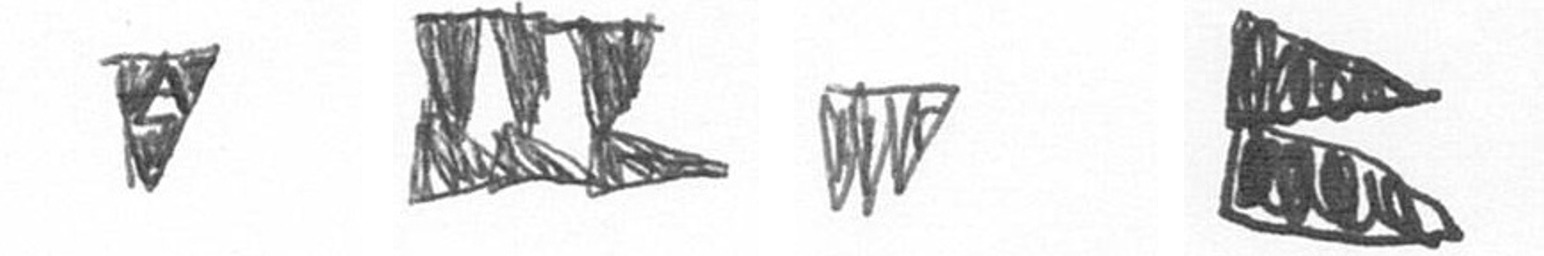
S D L P